Indian journal of veterinary science and animal husbandry - Volume 10,
Year: 1940
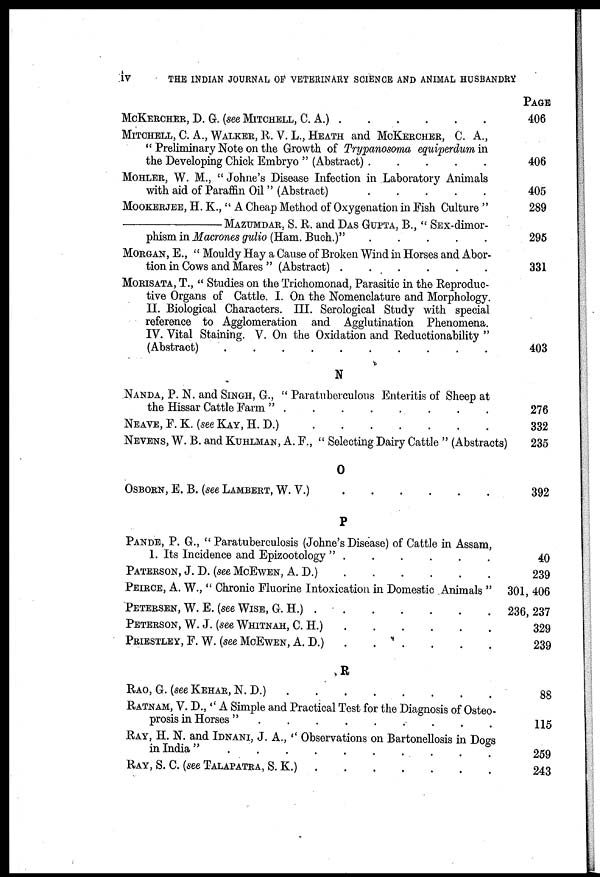
IV
THE INDIAN JOURNAL OF VETERINARY SCIENCE AND ANIMAL HUSBANDRY
MCKERCHER, D. G. (SEE MITCHELL, C. A.) . . . . . .
MITCHELL, C. A., WALKER, R. V. L., HEATH AND MCKERCHER, C. A.,
" Preliminary Note on the Growth of Trypanosoma equiperdum in
the Developing Chick Embryo " (Abstract) . . . . . .
MOHLER, W. M., " Johne's Disease Infection in Laboratory Animals
with aid of Paraffin Oil " (Abstract)
.
.
.
.
.
.
MOOKERJEE, H. K., " A Cheap Method of Oxygenation in Fish Culture "
—MAZUMDAR, S. R. and DAS GUPTA, B., " Sex-dimor-
phism in Macrones gulio (Ham. Buch.)"
.
.
.
.
.
MORGAN, E., " Mouldy Hay a Cause of Broken Wind in Horses and Abor-
tion in Cows and Mares " (Abstract) . . . . . . .
MORISATA, T., " Studies on the Trichomonad, Parasitic in the Reproduc-
tive Organs of Cattle. I. On the Nomenclature and Morphology.
II. Biological Characters. III. Serological Study with special
reference to Agglomeration and Agglutination Phenomena.
IV. Vital Staining. V. On the Oxidation and Reductionability "
(Abstract) . . . . . . . . . .
N
NANDA, P. N. AND SINGH, G., " Paratuberculous Enteritis of Sheep at
the Hissar Cattle Farm "
.
.
.
.
.
.
.
.
.
NEAVE, F. K. (see KAY, H. D.) . . . . . . .
NEVENS, W. B. and KUHLMAN, A. F., " Selecting Dairy Cattle " (Abstracts)
O
OSBORN, E. B. (see LAMBERT, W. V.) . . . . . .
P
PANDE, P. G., " Paratuberculosis (Johne's Disease) of Cattle in Assam,
1. Its Incidence and Epizootology " . . . . . . . .
PATERSON, J. D. (SEE MCEWEN, A. D.) . . . . . .
PEIECE, A. W., " Chronic Fluorine Intoxication in Domestic Animals "
PETERSEN, W. E. (see WISE, G. H.) . . . . . . .
PETERSON, W. J. (see WHITNAH, C. H.) . . . . . .
PRIESTLEY, F. W. (see MCEWEN, A. D.) . . . . . .
R
RAO, G. (see KEHAR, N. D.) . . . . . . .
RATNAM, V. D., " A Simple and Practical Test for the Diagnosis of Osteo-
prosis in Horses "
.
.
.
.
.
.
.
.
.
RAY, H. N. and IDNANI, J. A., " Observations on Bartonellosis in Dogs
in India "
.
.
.
.
.
.
.
.
.
.
RAY, S. C. (see TALAPATRA, S. K.) . . . . . .
PAGE
406
406
405
289
295
331
403
276
332
235
392
40
239
301, 406
236, 237
329
239
88
115
259
243